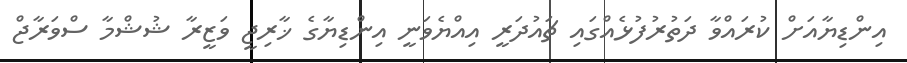
އިންޑިޔާއަށް ކުރައްވާ ދަތުރުފުޅެއްގައި ޗައުދަރީ އިއްޔެވަނީ އިންޑިޔާގެ ޚާރިޖީ ވަޒީރާ ޝުޝްމާ ސްވަރާޖް